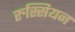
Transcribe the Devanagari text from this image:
रुस्सियन